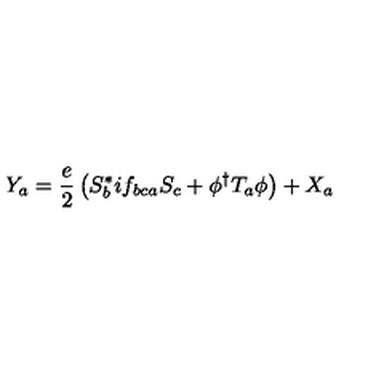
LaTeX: Y _ { a } = \frac { e } { 2 } \left( S _ { b } ^ { * } i f _ { b c a } S _ { c } + \phi ^ { \dagger } T _ { a } \phi \right) + X _ { a }